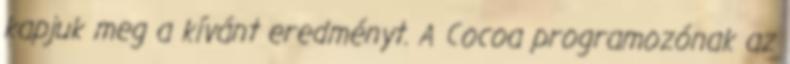
kapjuk meg a kívánt eredményt. A Cocoa programozónak az